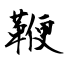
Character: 鞭